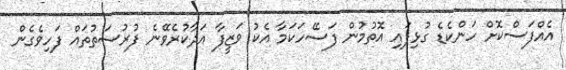
އެއްފަސްކޮށް ހަންކެޑެ ގުޅިފައި އޮތުމުން ފަސޭހަކަމާ އެކު ވަޒީފާ އަދާކުރެވޭނެ ފުރުސަތުތައް ފަހިވެގެން